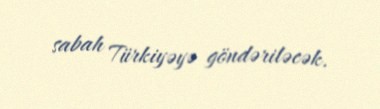
sabah Türkiyəyə göndəriləcək.